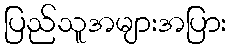
ပြည်သူအများအပြား